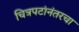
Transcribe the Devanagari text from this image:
चित्रपटांनंतरचा